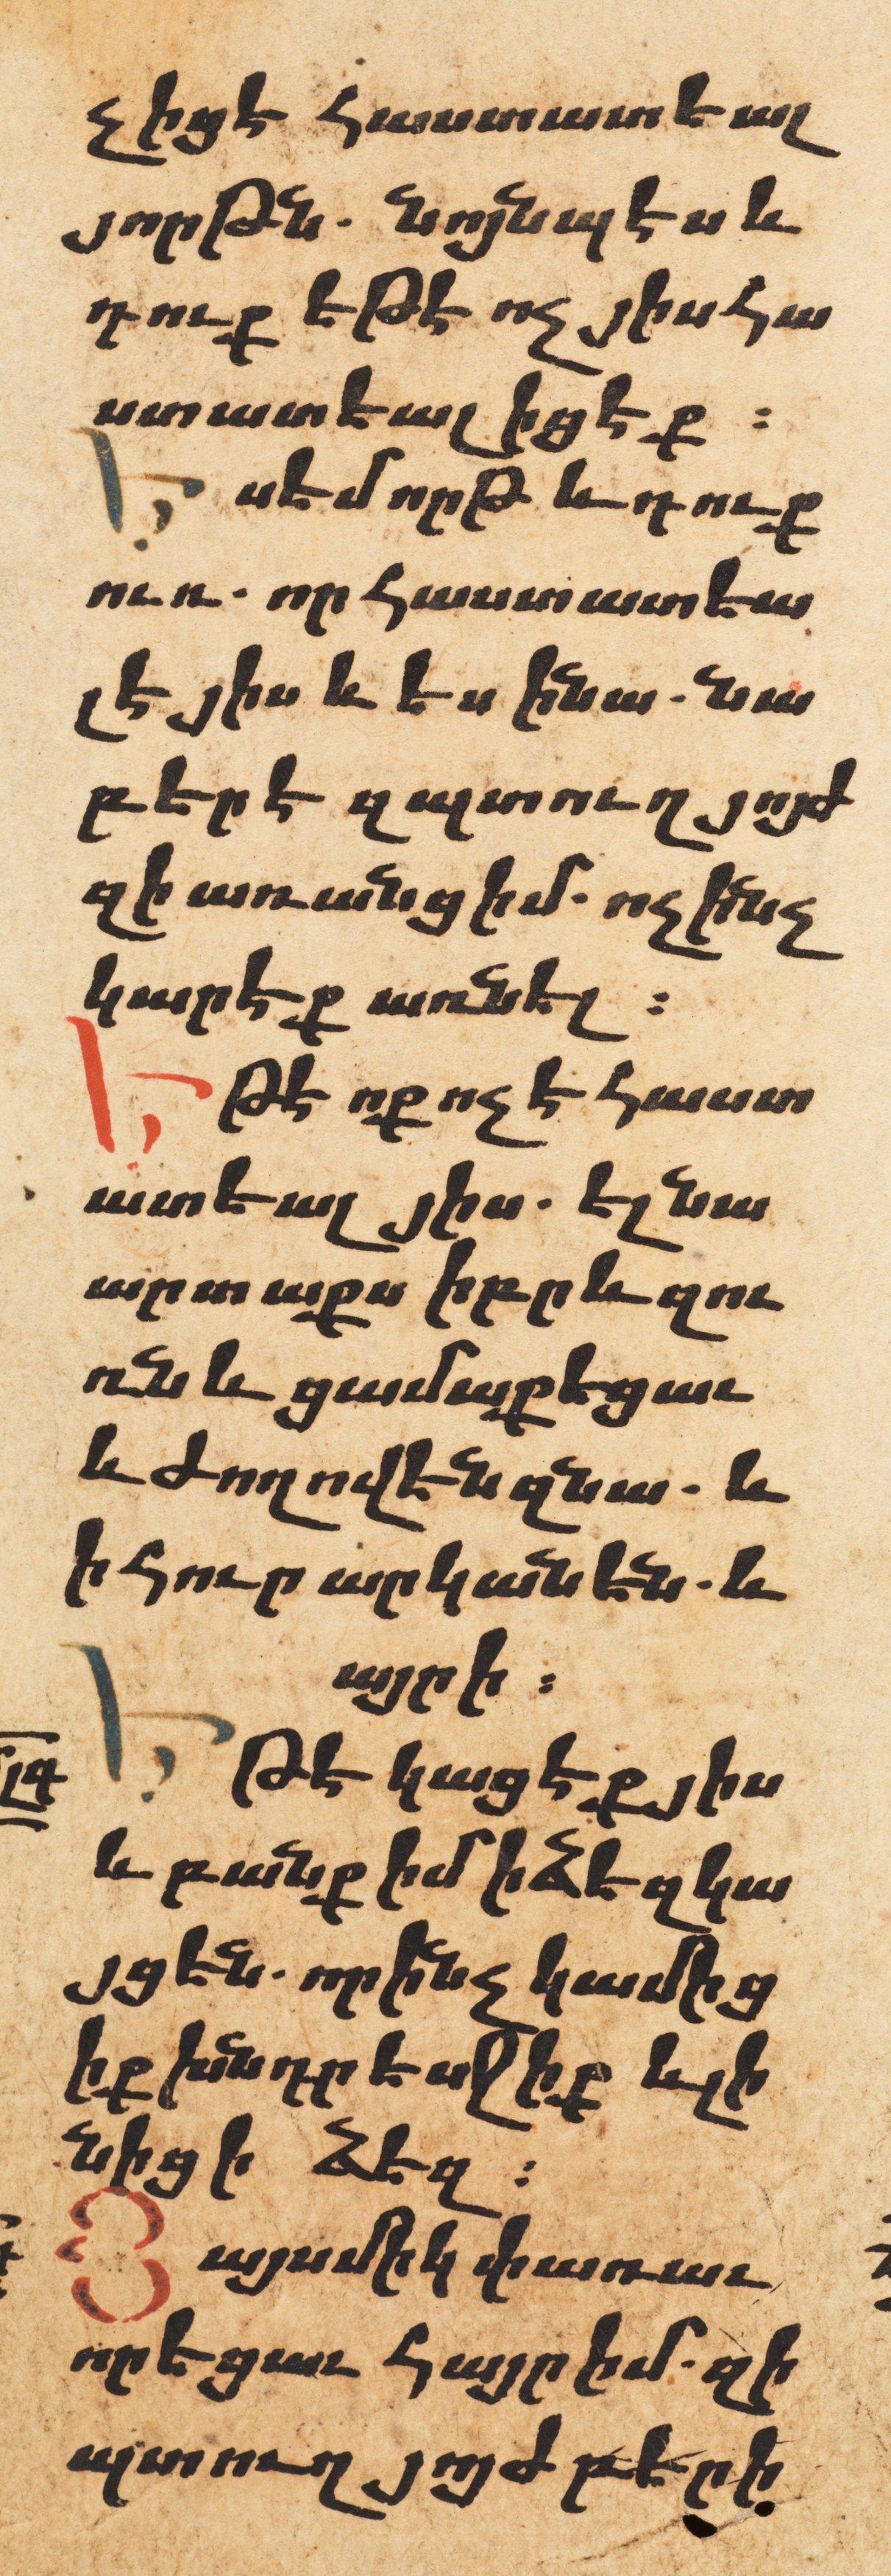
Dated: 1606–1606